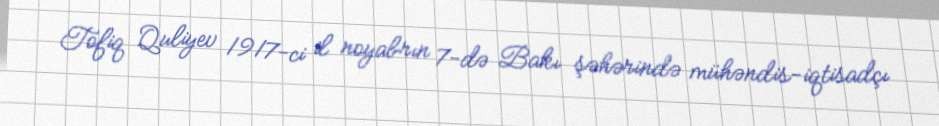
Tofiq Quliyev 1917-ci il noyabrın 7-də Bakı şəhərində mühəndis-iqtisadçı